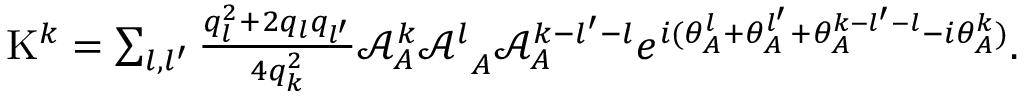
\begin{array} { r } { \mathrm { K } ^ { k } = \sum _ { l , l ^ { \prime } } \frac { q _ { l } ^ { 2 } + 2 q _ { l } q _ { l ^ { \prime } } } { 4 q _ { k } ^ { 2 } } { \mathcal { A } _ { A } ^ { k } \mathcal { A } ^ { l } } _ { A } \mathcal { A } _ { A } ^ { k - l ^ { \prime } - l } e ^ { i ( \theta _ { A } ^ { l } + \theta _ { A } ^ { l ^ { \prime } } + \theta _ { A } ^ { k - l ^ { \prime } - l } - { i \theta _ { A } ^ { k } } ) } . } \end{array}